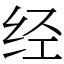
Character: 经